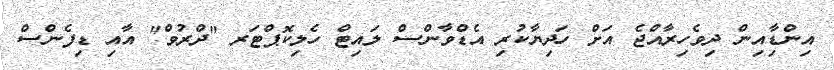
އިންޑިާއިން ދިވެހިރާއްޖެ އަށް ހަދިޔާކުރި އެޑްވާންސް ލައިޓް ހެލިކޮޕްޓަރ "ދްރުވް" އާއި ޑިފެންސް